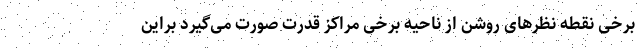
برخی نقطه نظرهای روشن از ناحیه برخی مراکز قدرت صورت می‌گیرد براین